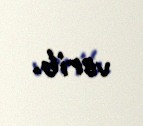
verib.